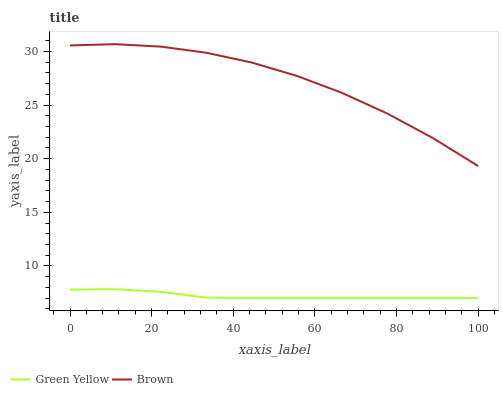
| xaxis_label | Green Yellow | Brown |
 | --- | --- | --- |
 | 0 | 7.79 | 30.6 |
 | 11.1 | 7.83 | 30.7 |
 | 22.2 | 7.58 | 30.5 |
 | 33.3 | 7.05 | 29.9 |
 | 44.4 | 7 | 29 |
 | 55.6 | 7 | 27.7 |
 | 66.7 | 7 | 26.1 |
 | 77.8 | 7 | 24.2 |
 | 88.9 | 7 | 21.9 |
 | 100 | 7 | 19.3 |